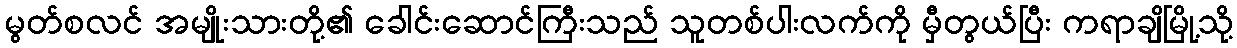
မွတ်စလင် အမျိုးသားတို့၏ ခေါင်းဆောင်ကြီးသည် သူတစ်ပါးလက်ကို မှီတွယ်ပြီး ကရာချိမြို့သို့